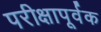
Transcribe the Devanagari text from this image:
परीक्षापूर्वक